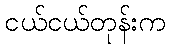
ငယ်ငယ်တုန်းက